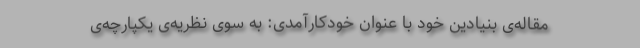
مقاله‌ی بنیادین خود با عنوان خودکارآمدی: به سوی نظریه‌ی یکپارچه‌ی